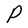
Character: P